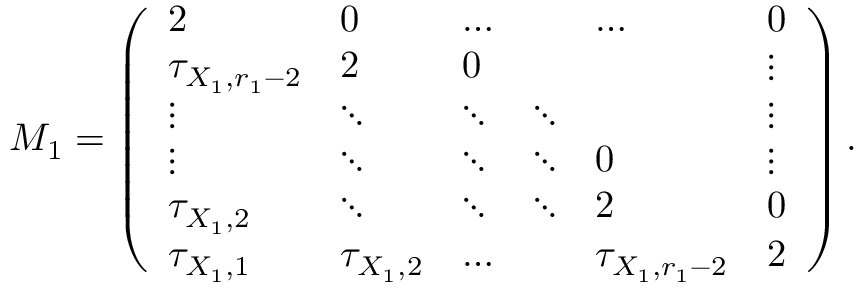
M _ { 1 } = \left( \begin{array} { l l l l l l } { 2 } & { 0 } & { \dots } & & { \dots } & { 0 } \\ { \tau _ { X _ { 1 } , r _ { 1 } - 2 } } & { 2 } & { 0 } & & & { \vdots } \\ { \vdots } & { \ddots } & { \ddots } & { \ddots } & & { \vdots } \\ { \vdots } & { \ddots } & { \ddots } & { \ddots } & { 0 } & { \vdots } \\ { \tau _ { X _ { 1 } , 2 } } & { \ddots } & { \ddots } & { \ddots } & { 2 } & { 0 } \\ { \tau _ { X _ { 1 } , 1 } } & { \tau _ { X _ { 1 } , 2 } } & { \dots } & & { \tau _ { X _ { 1 } , r _ { 1 } - 2 } } & { 2 } \end{array} \right) .